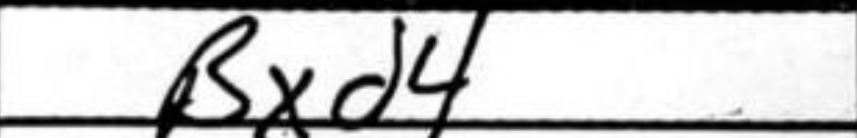
Transcription: Bxd4